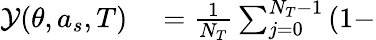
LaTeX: \begin{array}{rl}{\mathcal{Y}(\theta,a_{s},T)}&{{}=\frac{1}{N_{T}}\sum_{j=0}^{N_{T}-1}\left(1-\Biggr.\right.}\end{array}